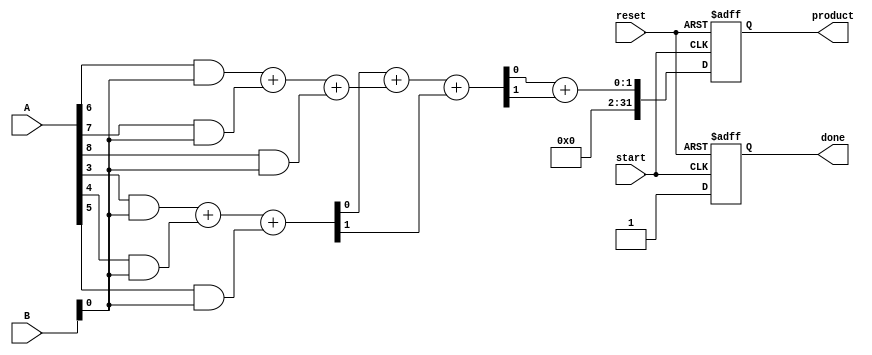
module variable_length_wallace_tree_multiplier #(
    parameter MAX_WIDTH_A = 16, // Maximum width for operand A
    parameter MAX_WIDTH_B = 16  // Maximum width for operand B
)(
    input [MAX_WIDTH_A-1:0] A, // Operand A
    input [MAX_WIDTH_B-1:0] B, // Operand B
    input start,                // Start signal
    input reset,               // Reset signal
    output reg [MAX_WIDTH_A + MAX_WIDTH_B - 1:0] product, // Final product
    output reg done            // Done signal
);

    reg [MAX_WIDTH_A + MAX_WIDTH_B - 1:0] partial_products[MAX_WIDTH_A + MAX_WIDTH_B - 1:0];
    reg [MAX_WIDTH_A + MAX_WIDTH_B - 1:0] sum;
    reg [MAX_WIDTH_A + MAX_WIDTH_B - 1:0] carry;
    integer i, j;

    // Generate partial products
    always @(*) begin
        for (i = 0; i < MAX_WIDTH_A; i = i + 1) begin
            for (j = 0; j < MAX_WIDTH_B; j = j + 1) begin
                partial_products[i + j] = A[i] & B[j];
            end
        end
    end

    // Wallace tree reduction
    always @(posedge start or posedge reset) begin
        if (reset) begin
            product <= 0;
            done <= 0;
        end else begin
            // Initialize sum and carry
            sum = 0;
            carry = 0;

            // Stage 1: Group partial products and reduce using full adders
            for (i = 0; i < MAX_WIDTH_A + MAX_WIDTH_B - 1; i = i + 3) begin
                if (i + 2 < MAX_WIDTH_A + MAX_WIDTH_B - 1) begin
                    {carry[i/3], sum[i/3]} = partial_products[i] + partial_products[i + 1] + partial_products[i + 2];
                end else if (i + 1 < MAX_WIDTH_A + MAX_WIDTH_B - 1) begin
                    {carry[i/3], sum[i/3]} = partial_products[i] + partial_products[i + 1];
                end else begin
                    sum[i/3] = partial_products[i];
                end
            end

            // Stage 2: Further reduction using carry-save adders
            for (i = 0; i < (MAX_WIDTH_A + MAX_WIDTH_B - 1) / 3; i = i + 1) begin
                if (i + 1 < (MAX_WIDTH_A + MAX_WIDTH_B - 1) / 3) begin
                    {carry[i/2], sum[i/2]} = sum[i] + sum[i + 1] + carry[i];
                end else begin
                    sum[i/2] = sum[i];
                end
            end

            // Stage 3: Final addition
            product = sum[0] + carry[0];
            done = 1;
        end
    end
endmodule